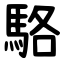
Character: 駱